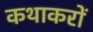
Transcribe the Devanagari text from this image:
कथाकरों